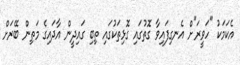
އެކަމަކު "ހަވީރަ"ށް އެނގިފައިވާ ގޮތުގައި ގޮޅިތަކުގައި ތިބި ގައިދީން އާދައިގެ މަތިން ބޭރަށް